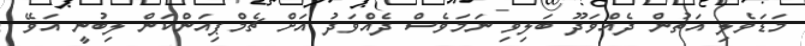
މަޑަވެލި އަތުން ދެއްވަދޫ ބަލިވި ނަމަވެސް ދެއްވަދު އަށް ޗެމްޕިއަންކަން ލިބުނީ އަވޭ